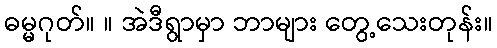
ဓမ္မဂုတ်။ ။ အဲဒီရွာမှာ ဘာများ တွေ့သေးတုန်း။